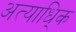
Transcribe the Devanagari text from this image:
अत्याधि्क